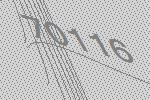
70116